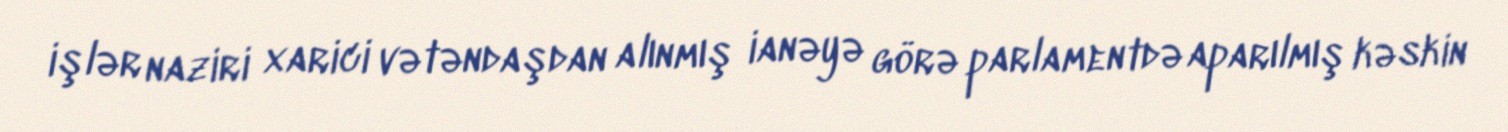
işlər naziri xarici vətəndaşdan alınmış ianəyə görə parlamentdə aparılmış kəskin